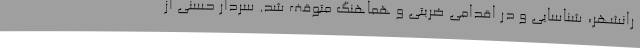
رانشهر، شناسایی و در اقدامی ضربتی و هماهنگ متوقف شد. سردار حسنی از